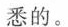
悉的。